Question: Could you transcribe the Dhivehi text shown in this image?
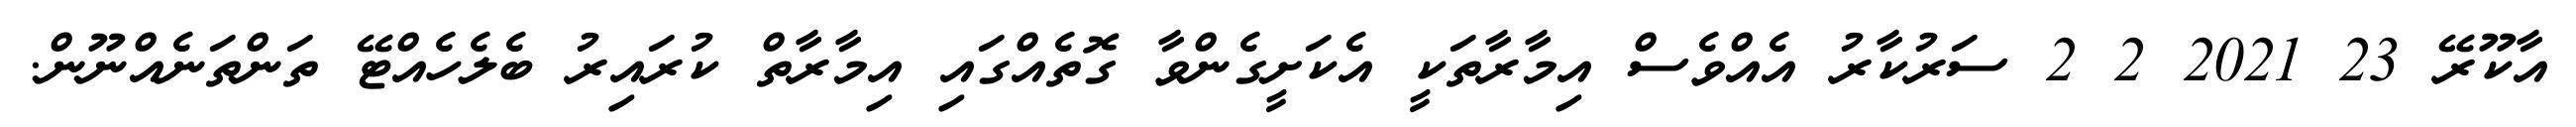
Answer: އާކޫރޭ 23 2021 2 2 ސަރުކާރު އެއްވެސް އިމާރާތަކީ އެކަށީގެންވާ ގޮތެއްގައި އިމާރާތް ކުރައިރު ބެލެހެއްޓޭ ތަންތަނެއްނޫން.